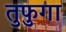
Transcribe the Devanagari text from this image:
तुफुगा